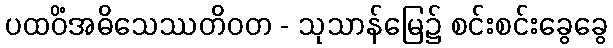
ပထဝိံအဓိသေဿတိဝတ - သုသာန်မြေ၌ စင်းစင်းခွေခွေ